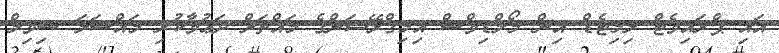
އައި ޕްރައިވެޓް ލިމިޓެޑް އިން މޯލްޑިވްސް އިމިގްރޭޝަންގެ މައްޗަށް ދަޢުވާކުރި މައްސަލަ ސިވިލް